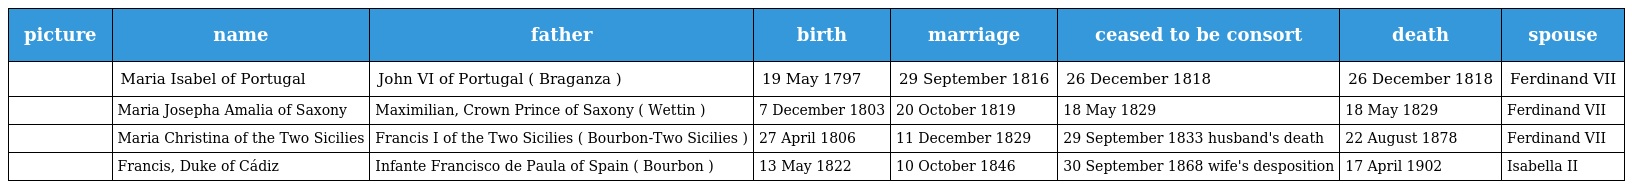
| picture | name | father | birth | marriage | ceased to be consort | death | spouse |
 | --- | --- | --- | --- | --- | --- | --- | --- |
 |  | Maria Isabel of Portugal | John VI of Portugal ( Braganza ) | 19 May 1797 | 29 September 1816 | 26 December 1818 | 26 December 1818 | Ferdinand VII |
 |  | Maria Josepha Amalia of Saxony | Maximilian, Crown Prince of Saxony ( Wettin ) | 7 December 1803 | 20 October 1819 | 18 May 1829 | 18 May 1829 | Ferdinand VII |
 |  | Maria Christina of the Two Sicilies | Francis I of the Two Sicilies ( Bourbon-Two Sicilies ) | 27 April 1806 | 11 December 1829 | 29 September 1833 husband's death | 22 August 1878 | Ferdinand VII |
 |  | Francis, Duke of Cádiz | Infante Francisco de Paula of Spain ( Bourbon ) | 13 May 1822 | 10 October 1846 | 30 September 1868 wife's desposition | 17 April 1902 | Isabella II |